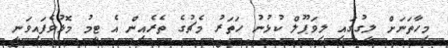
މިހާތަނަށް ލީގުގައި ލިވަޕޫލް ކުޅުނު ހަތަރު މެޗުގެ ތެރެއިން އެ ޓީމު މޮޅުވެފައިވަނީ